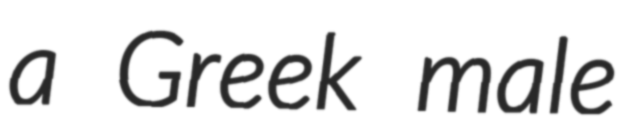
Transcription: a Greek male